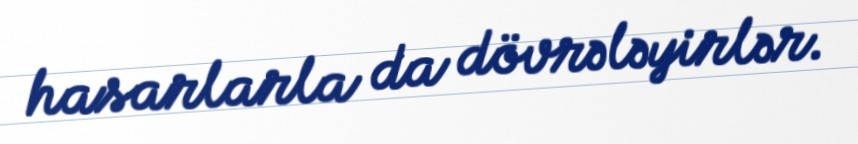
hasarlarla da dövrələyirlər.